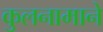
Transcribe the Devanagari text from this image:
कुलनामाने